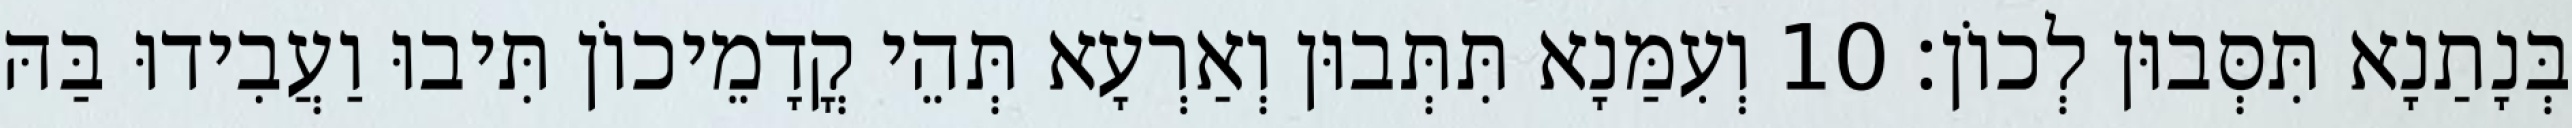
בְּנָתַנָא תִּסְּבוּן לְכוֹן׃ 10 וְעִמַּנָא תִּתְּבוּן וְאַרְעָא תְּהֵי קֳדָמֵיכוֹן תִּיבוּ וַעֲבִידוּ בַּהּ